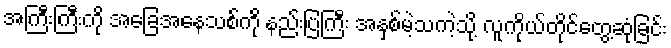
အကြီးကြီးကို အခြေအနေသစ်ကို နည်းပြကြီး အနှစ်မဲ့သကဲ့သို့ လူကိုယ်တိုင်တွေ့ဆုံခြင်း